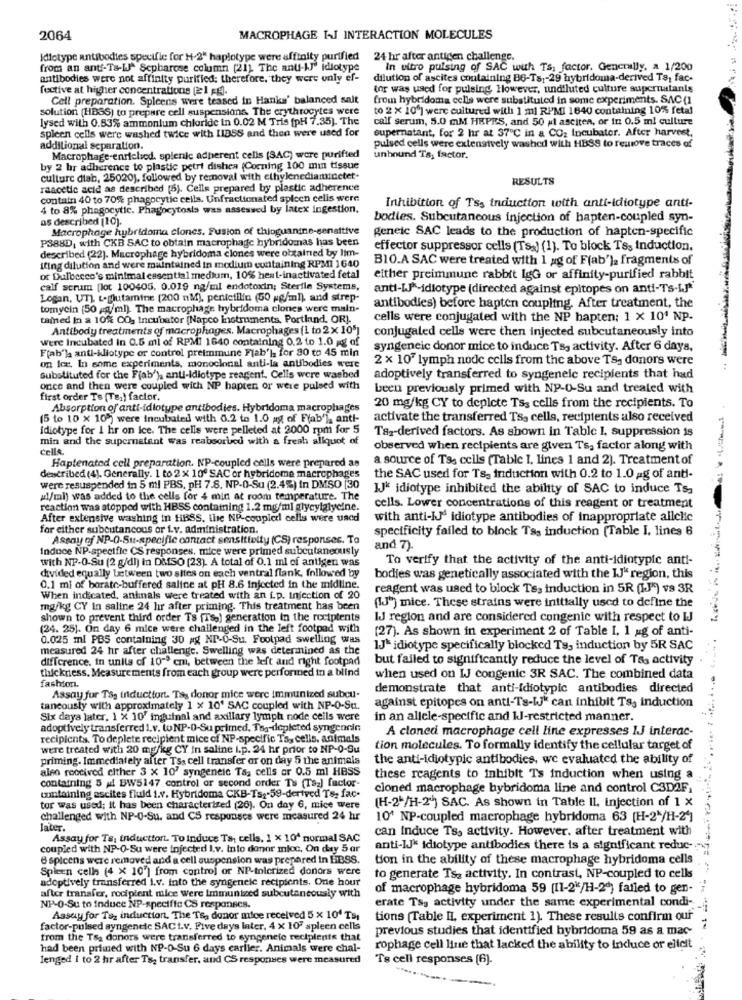
2064
MACROPHAGE IJ INTERACTION MOLECULES
Idiotype antibodies specific for H-2" haplotype were affinity purified 24 hr after antigen challenge.
from an anti-Ts-IJa Sepharose column (21) The anu-\J' idiotype
in vitro pulsing of SAC with TS; factor. Generally, a 1/200
antibodies were not affinity purified; therefore, they were unly ef-
dilution of ascites containing B6-Ts ,- 29 hybridoma-derived Ta, fac-
fective at higher concentrations (2:1 FE).
tor was used for pulsing, However, und'luted culture supernatanls
Cell preparation. Spleens were teased in Hanks' balanced salt
from hybridoma cells were substituted in some experiments. SAC(1
solution (HBSS) to prepare cell suspensions. The erythrocytes were
to 2 × 10'] were cultured with 1 ml RPMI 1640 containing 10% fetal
lysed with 0.83% ammonium chloride in 0.02 M Tris [pH 7.35). The
calf serum, 5.0 mM HEPRS, and 50 al asciten, or in 0.5 ml culture
spleen cells were washed twice with IIDSS and then were used for
supernatant, for 2 hr at 37℃ in a CO2 Incubator. After harvest,
-
pulsed cells were extensively washed with HBSS to remove traces of
additional separation.
Macrophage-enriched. splenic adherent cells (SAC) were purified
unhound Ts, factor.
by 2 hr adherence to plastic petri dishes (Corning 100 min tissue
culture diab, 25020), followed by removal with ethylenediaminetet.
RESULTS
raacetic acid as described (5). Cells prepared by plastic adherence
contain 40 to 70% phagocytic cells. Unfractionated spleen celis were
4 to 8% phagocytic. Phagocytosis was assessed by latex ingestion.
Inhibition of Tss induction with anti-idiotype anti-
as described [10].
bodies. Subcutaneous injection of hapten-coupled syn-
Macrophage hybridoma clones. Fusion of thisguanine-sensitive
geneic SAC leads to the production of hapten-specific
P388D; with CKB SAC to obtain macrophage hybridomnas has been
effector suppressor cells (Ts) (1). To block T& Induction.
described (22). Macrophage hybridoma clones were obtained by lim-
B10.A SAC were treated with 1 ag of F(ab')a fragments of
iting dilution and were maintained in modium containing RPMI 1640
or Dulbecco's minimal essential medium, 10% heat-inactivated fetal
either preimmune rabbit IgG or affinity-purified rabbit
calf scrum [lot 100405, 0.019 ng/ml endotoxin; Sterile Systems,
anti-[J-idlotype (directed against epitopes on anti-Ts-IJ"
Logan, UT). L-glutamine (200 nM), penietilin (50 pg/ml), and strep-
tomycin [50 mg/ml). The macrophage hybridoma clones were main-
antibodies) before hapten coupling. After treatment, the
tamned in a 10% 00, Incubator [Napco Instruments, Portland, OR).
cells were conjugated with the NP hapten; 1 x 10ª NP.
Antibody treatments of macrophages. Macrophages (1 to 2 x 105]
conjugated cells were then injected subcutaneously into
Were Incubated In 0.5 ml of RPM! 1640 containing 0.2 to 1.0 g of
F(ab') anti-kliotype or control preimmune Flab'l for 30 to 45 min
syngeneic donor mice to induce Ts, activity. After 6 days,
2 x 107 lymph node cells from the above TS, donors were
on ice, In some experiments, monoclonal anti-la antibodies were
substituted for the F(ab'), anti-idiotype reagent. Cells were washed
adoptively transferred to syngeneic recipients that had
once and then were coupled with NP hapten or were pulsed with
been previously primed with NP-0-Su and treated with
first order To [Ts,) factor.
Absorption of antt-idlotype antibodies. Hybridoma macrophages
20 mg/kg CY to depicte Ts3 cells from the recipients. To
(5 to 10 x 10%) were incubated with 0.2 to 1.0 ag of Fyab'), anti-
activate the transferred Ts, cells, recipients also received
idiotype for 1 hr on ice. The cells were pelleted at 2000 rpm for 5
Ta2-derived factors. As shown in Table I, suppression is
min and the supernatant was reabsorbed with a fresh aliquot of
cellA.
observed when recipients are given Ts, factor along with
a source of Tss cells (Table 1, lines 1 and 2). Treatment of
Haptenated cell preparation. NP-coupled cells were prepared as
described (4). Generally. 1 to 2 x 10º SAC or hybridome macrophages
the SAC used for Ts, induction with 0.2 to 1.0 ag of anti-
were resuspended in 5 ml PBS. pH 7.8. NP-0-Su (2.4%) in DMSO [30
IJK idiotype inhibited the ability of SAC to induce Ts,
gl/ml) was added to the cells for 4 min at room temperature. The
reaction was stopped with HBSS containing 1.2 mg/ml glycylgiyeine.
cells. Lower concentrations of this reagent or treatment
After extensive washing in HBSS. ihre NP-coupled cells were used
with anti-IJ idiotype antibodies of inappropriate allclic
for either subcutaneous or i.v. administration.
specificity failed to block Tas induction (Table I. lines 6
Assay of NP-O-Su-specific contact sensittetty (CS) responses. Ta
Induce NP-specific CS responses, mice were primed subcutaneously
and 7).
with NP-O-Su (2 g/dl) in DMSO (23). A total of 0.1 ml of antigen was
To verify that the activity of the anti-idiotypic anti-
divided equally between two sites on each ventral flank, followed by
bodies was genetically associated with the IJ" region, this
0.1 mi of borate-buffered saline at pH 8.6 injected in the midline.
reagent was used to block Ts. induction in 5R (IJ") vs 3R
When indicated, antinals were treated with an i.p. Infection of 20
[IJ") mice. These strains were initially used to define the
mg/kg CY In saline 24 hr after priming. This treatment has been
shown to prevent third order Ts frs-) generation in the recipients
IJ region and are considered congenic with respect to IJ
(24. 25). On day 6 mice were challenged in the left footpad with
(27). As shown in experiment 2 of Table I, 1 ag of anti-
0.025 ml PBS containing 30 ag NP-O-Su. Footpad swelling was
measured 24 hr after challenge. Swelling was determined as the
1J* idiotype specifically blocked Ts, induction by 5R SAC
difference. in units of 10"> cm, between the left and right footpad
but failed to significantly reduce the level of Tas activity
thickness. Measure ments from each group were performed in a blind
when used on IJ congenic 3R SAC. The combined data
fashion.
demonstrate that anti-idiotypic antibodies directed
Assay fur Tåg inducttort. Tsa donor mice were immunized subou-
against epitopes on anti-Ts-IJ" can inhibit Ts, induction
taneously with approximately 1 x 10' SAC coupled with NP-0-Sa.
Six days later. 1 X 10' inguinal and axillary lymph node cells were
in an allele-specific and IJ-restricted manner.
adoptively transferred i.v. to NP-0-Su primned. Tag-depleted syngencin
A cloned macrophage cell line expresses IJJ interac-
recipients. To deplete recipient mice of NP-specific Ta, cells, animals
were treated with 20 mg/kg CY In saline L.p. 24 hr prior to NP-0-Su
tion molecules. To formally identify the cellular target of
priming. Immediately after Ts: cell transfer or on day 5 the animals
the anti-idiotypic antibodies, we evaluated the ability of
alen received elther 3 x 10' syngeneic Ta, cells or 0.5 ml HBSS
these reagents to inhibit Ts induction when using a
containing 5 ud BW5147 control or second order Ts (Ta2) factor-
cloned macrophage bybridoma line and control CSDAF.
containing ascites fluid i.v. Hybridoma CKB-Ts :- 59-derived Ts, fac-
(H-2+/H-2)) SAC. As shown in Table Il, injection of 1 x
tor was used; it has been characterized (26). On day 6, mice were
challenged with NP-0-Su. and CS responses were measured 24 hr
10' NP-coupled macrophage hybridoma 63 [H-2*/H-24]
later
can induce Ts, activity. However, after treatment with
Assay for Ts, inducttort. To Induce Ta, cells, 1 x 10ª normal SAC
coupled with NP-O-Su were injected I.v. into donor micc, On day 5 ar
anti-IJ* idiotype antibodies there is a significant reduc-
6 spicens were removed and a cell suspension was prepared in LBSS.
tion in the ability of these macrophage hybridoma cells
Spleen cells (4 x 10'] from controj or NP-tolerized donors were
adoptively transferred i.v. into the syngeneic recipients. One hour
to generate Ts2 activity. In contrast, NP-coupled to cells
of macrophage hybridoma 59 (11-2"/H-20) failed to gen-
after transfer, rocipient mice Were immunized subcutaneously with
NP-0-Su to Induce NP-specific CS responses.
erate Tsy activity under the same experimental condi-
Assay for Toz induction. The Ts, donor mice received 5 x 10' Ts,
tions (Table HI, experiment 1). These results confirm our
factor-pulsed syngeneic SACt.V. Five days later, 4 x 107 spleen cells
previous studies that identified bybridoma 59 as a mac-
from the Tsa donors were transferred to syngenele recipients that
had been primed with NP-O-Su 6 days carlier. Animals were chal-
rophage cell line that lacked the ability to Induce or elicit
lenged I to 2 hr after Ts, transfer, and CS responses were measured
Ts cell responses (6).